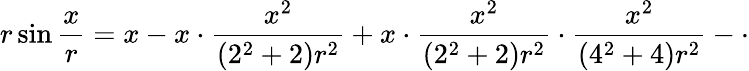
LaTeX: r\sin{\frac{x}{r}}=x-x\cdot{\frac{x^{2}}{(2^{2}+2)r^{2}}}+x\cdot{\frac{x^{2}}{(2^{2}+2)r^{2}}}\cdot{\frac{x^{2}}{(4^{2}+4)r^{2}}}-\cdot